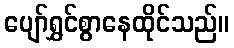
ပျော်ရွှင်စွာနေထိုင်သည်။